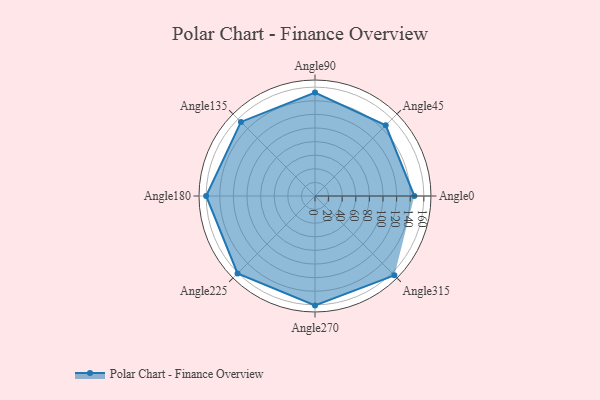
{"axis": {"x": "Angle", "y": "Radius"}, "legend": [""], "data": [{"x": "Angle0", "y": 146.0, "type": ""}, {"x": "Angle45", "y": 147.0, "type": ""}, {"x": "Angle90", "y": 152.0, "type": ""}, {"x": "Angle135", "y": 154.0, "type": ""}, {"x": "Angle180", "y": 160.0, "type": ""}, {"x": "Angle225", "y": 161.0, "type": ""}, {"x": "Angle270", "y": 161.0, "type": ""}, {"x": "Angle315", "y": 165.0, "type": ""}]}